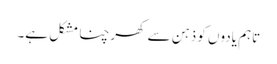
تاہم یادوں کو ذہن سے کھرچنا مشکل ہے۔